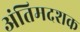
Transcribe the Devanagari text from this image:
अंतिमदशक